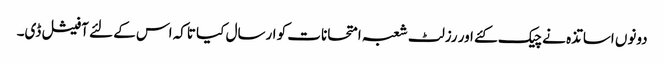
دونوں اساتذہ نے چیک کئے اور رزلٹ شعبہ امتحانات کو ارسال کیا تاکہ اس کے لئے آفیشل ڈی۔